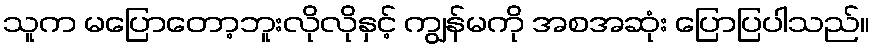
သူက မပြောတော့ဘူးလိုလိုနှင့် ကျွန်မကို အစအဆုံး ပြောပြပါသည်။